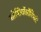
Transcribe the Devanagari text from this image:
सोशियॉलॉजिस्टों